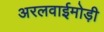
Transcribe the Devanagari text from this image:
अरलवाईमोड़ी